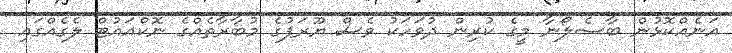
އަނެއްކޮޅުން ބާސެލޯނާ މީގެ ކުރިން ދުވަހަކު ވެސް ޔޫރަޕުގެ މުބާރާތެއްގެ ނޮކްއައުޓް ލެގެއްގައި